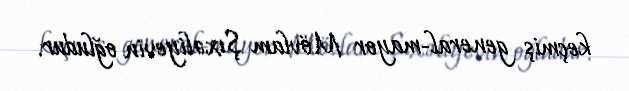
keçmiş general-mayor Mövlam Şıxəliyevin oğludur.